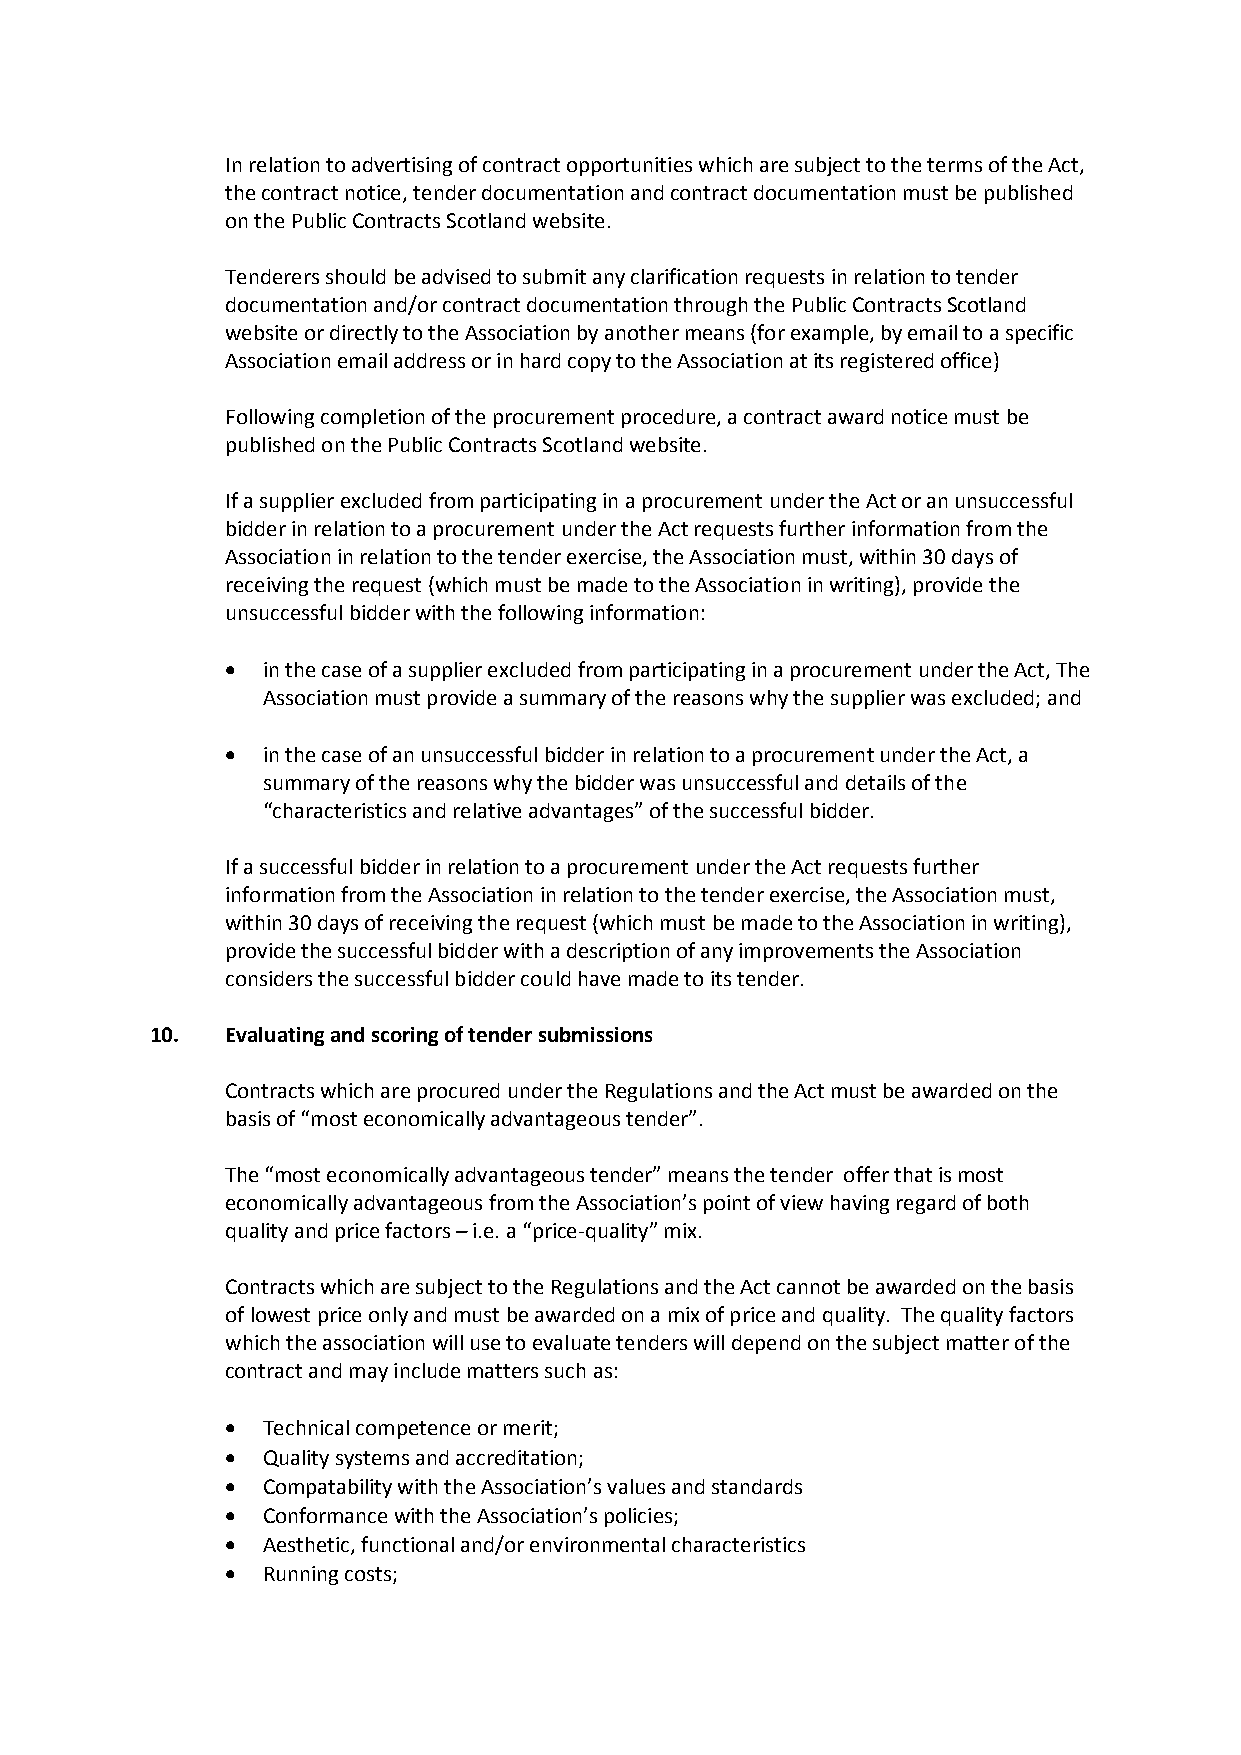
In relation to advertising of contract opportunities which are subject to the terms of the Act,
 the contract notice, tender documentation and contract documentation must be published
 on the Public Contracts Scotland website.
 Tenderers should be advised to submit any clarification requests in relation to tender
 documentation and/or contract documentation through the Public Contracts Scotland
 website or directly to the Association by another means (for example, by email to a specific
 Association email address or in hard copy to the Association at its registered office)
 Following completion of the procurement procedure, a contract award notice must be
 published on the Public Contracts Scotland website.
 If a supplier excluded from participating in a procurement under the Act or an unsuccessful
 bidder in relation to a procurement under the Act requests further information from the
 Association in relation to the tender exercise, the Association must, within 30 days of
 receiving the request (which must be made to the Association in writing), provide the
 unsuccessful bidder with the following information:
  in the case of a supplier excluded from participating in a procurement under the Act, The
 Association must provide a summary of the reasons why the supplier was excluded; and
  in the case of an unsuccessful bidder in relation to a procurement under the Act, a
 summary of the reasons why the bidder was unsuccessful and details of the
 “characteristics and relative advantages” of the successful bidder.
 If a successful bidder in relation to a procurement under the Act requests further
 information from the Association in relation to the tender exercise, the Association must,
 within 30 days of receiving the request (which must be made to the Association in writing),
 provide the successful bidder with a description of any improvements the Association
 considers the successful bidder could have made to its tender.
 10.  Evaluating and scoring of tender submissions
 Contracts which are procured under the Regulations and the Act must be awarded on the
 basis of “most economically advantageous tender”.
 The “most economically advantageous tender” means the tender offer that is most
 economically advantageous from the Association’s point of view having regard of both
 quality and price factors – i.e. a “price-quality” mix.
 Contracts which are subject to the Regulations and the Act cannot be awarded on the basis
 of lowest price only and must be awarded on a mix of price and quality. The quality factors
 which the association will use to evaluate tenders will depend on the subject matter of the
 contract and may include matters such as:
  Technical competence or merit;
  Quality systems and accreditation;
  Compatability with the Association’s values and standards
  Conformance with the Association’s policies;
  Aesthetic, functional and/or environmental characteristics
  Running costs;